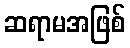
ဆရာမအဖြစ်